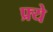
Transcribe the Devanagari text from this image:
फ्र्ये